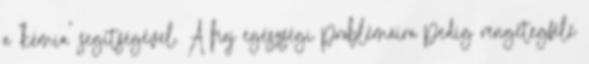
a ‘kémia’ segítségével. A haj egészségi problémáira pedig rengetegféle